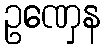
ဥဏှေန